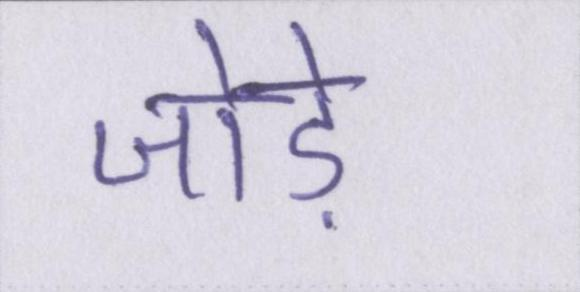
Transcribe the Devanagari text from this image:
जोड़े